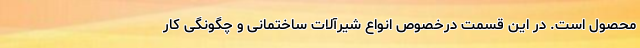
محصول است. در این قسمت درخصوص انواع شیرآلات ساختمانی و چگونگی کار